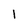
Character: 1